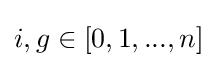
{i,g}\in [0,1,...,n]